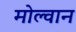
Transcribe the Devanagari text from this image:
मोल्वान